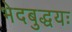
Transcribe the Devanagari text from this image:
भेदबुद्धयः